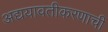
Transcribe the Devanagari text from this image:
अद्ययावतीकरणाची